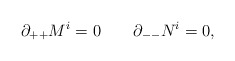
\begin{align*}\partial_{++} M^i = 0 \qquad \partial_{--} N^i = 0 ,\end{align*}